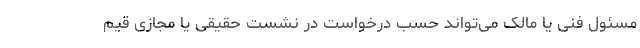
مسئول فنی یا مالک می‌تواند حسب درخواست در نشست حقیقی یا مجازی قیم